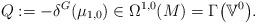
LaTeX: \begin{gather*}Q:=-\delta^{G}(\mu_{1,0})\in\Omega^{1,0}(M)=\Gamma\big(\mathbb{V}^{0}\big).\end{gather*}